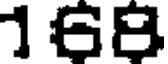
168